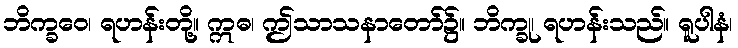
ဘိက္ခဝေ၊ ရဟန်းတို့။ ဣဓ၊ ဤသာသနာတော်၌။ ဘိက္ခု၊ ရဟန်းသည်။ ရူပါနံ၊